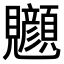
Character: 𫌧